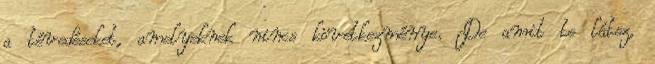
a tévedéseket, amelyeknek nincs következménye. De amit te látsz,